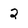
Character: 2